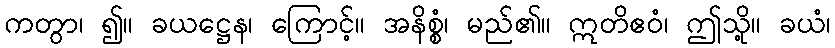
ကတွာ၊ ၍။ ခယဋ္ဌေန၊ ကြောင့်။ အနိစ္စံ၊ မည်၏။ ဣတိဧဝံ၊ ဤသို့။ ခယံ၊